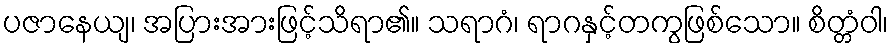
ပဇာနေယျ၊ အပြားအားဖြင့်သိရာ၏။ သရာဂံ၊ ရာဂနှင့်တကွဖြစ်သော။ စိတ္တံဝါ၊